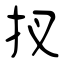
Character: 扠